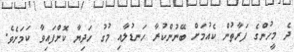
ދެ މީހުންގެ ފަރާތުން ކެއުމަށް ބޭނުންކުރާ ހަނޑުލާއި މުގު ހަދިޔާ ކޮށްފައިވާ ކަމަށެވެ.